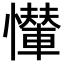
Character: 𢤠